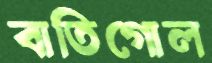
বাতিগোল